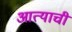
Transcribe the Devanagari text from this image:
आत्याची